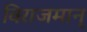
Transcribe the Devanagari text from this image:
विराजमान्